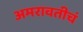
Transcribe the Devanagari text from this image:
अमरावतीचं